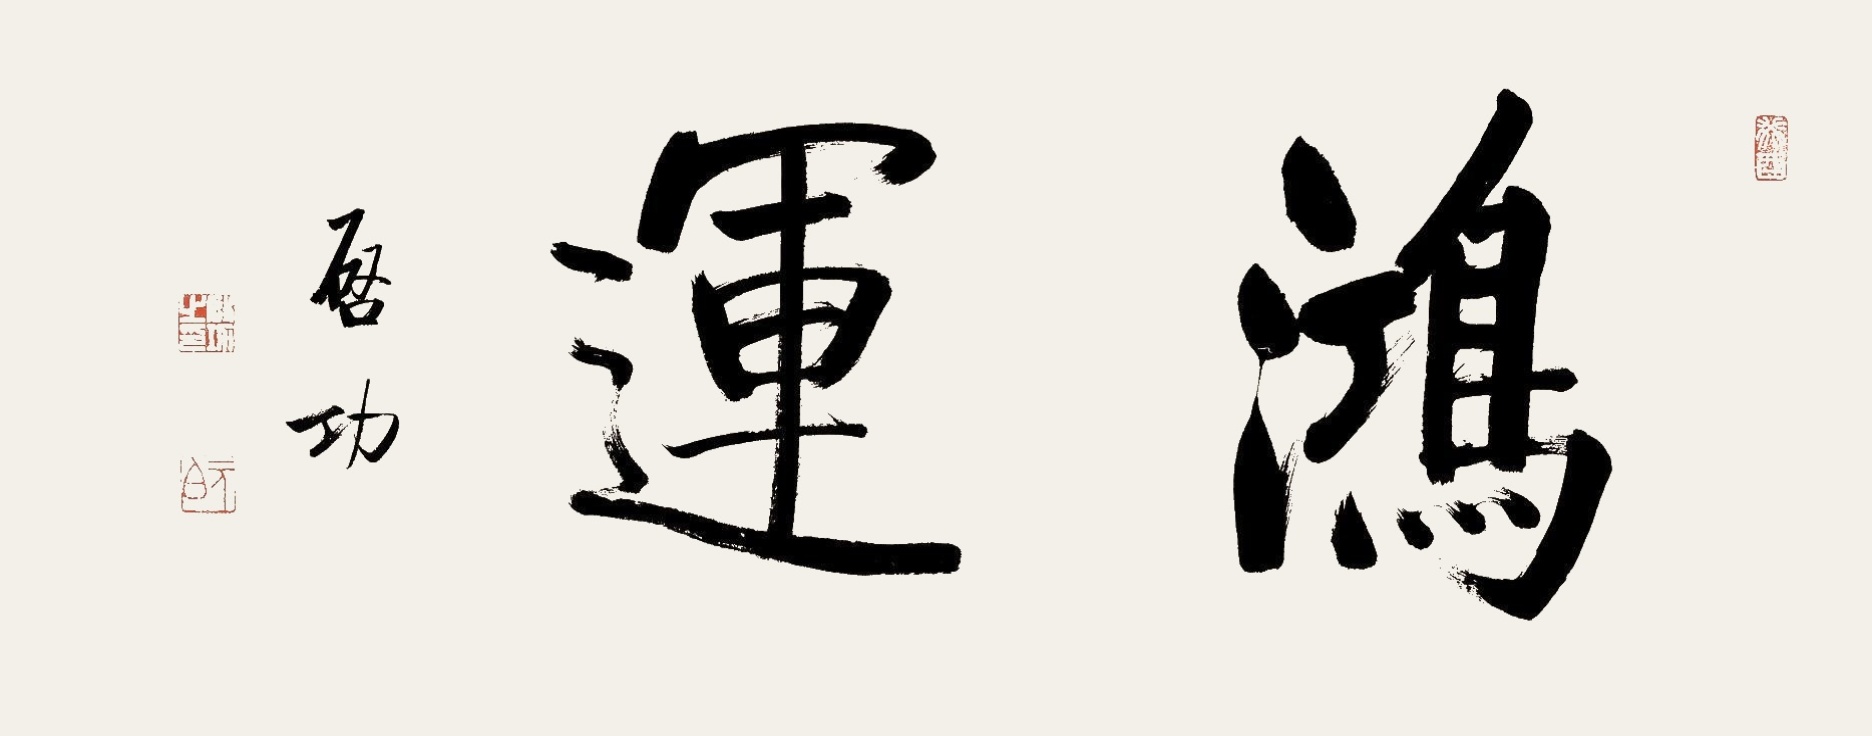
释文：鸿运。启功。